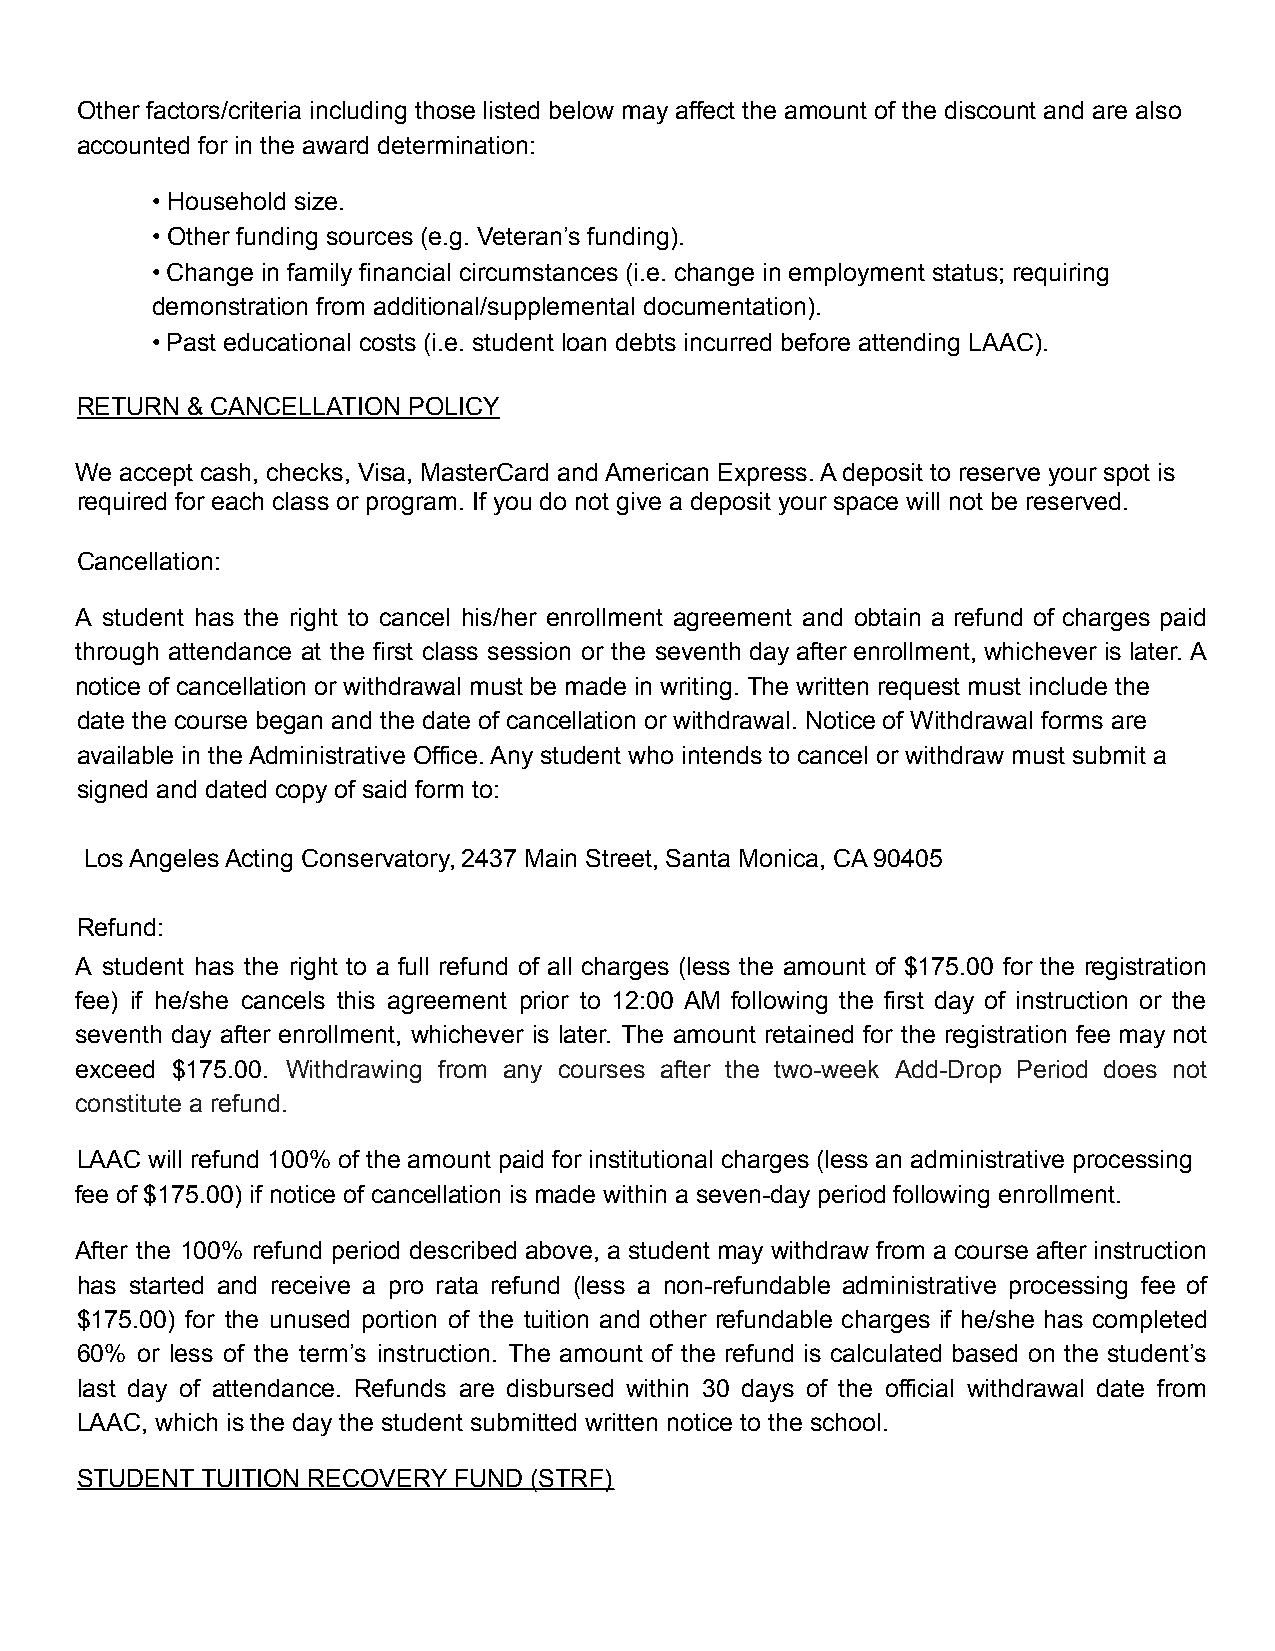
Other factors/criteria including those listed below may affect the amount of the discount and are also
 accounted for in the award determination:
 • Household size.
 • Other funding sources (e.g. Veteran’s funding).
 • Change in family financial circumstances (i.e. change in employment status; requiring
 demonstration from additional/supplemental documentation).
 • Past educational costs (i.e. student loan debts incurred before attending LAAC).
 RETURN & CANCELLATION POLICY
 We accept cash, checks, Visa, MasterCard and American Express. A deposit to reserve your spot is
 required for each class or program. If you do not give a deposit your space will not be reserved.
 Cancellation:
 A student has the right to cancel his/her enrollment agreement and obtain a refund of charges paid
 through attendance at the first class session or the seventh day after enrollment, whichever is later. A
 notice of cancellation or withdrawal must be made in writing. The written request must include the
 date the course began and the date of cancellation or withdrawal. Notice of Withdrawal forms are
 available in the Administrative Office. Any student who intends to cancel or withdraw must submit a
 signed and dated copy of said form to:
 Los Angeles Acting Conservatory, 2437 Main Street, Santa Monica, CA 90405
 Refund:
 A student has the right to a full refund of all charges (less the amount of $175.00 for the registration
 fee) if he/she cancels this agreement prior to 12:00 AM following the first day of instruction or the
 seventh day after enrollment, whichever is later. The amount retained for the registration fee may not
 exceed $175.00. Withdrawing from any courses after the two-week Add-Drop Period does not
 constitute a refund.
 LAAC will refund 100% of the amount paid for institutional charges (less an administrative processing
 fee of $175.00) if notice of cancellation is made within a seven-day period following enrollment.
 After the 100% refund period described above, a student may withdraw from a course after instruction
 has started and receive a pro rata refund (less a non-refundable administrative processing fee of
 $175.00) for the unused portion of the tuition and other refundable charges if he/she has completed
 60% or less of the term’s instruction. The amount of the refund is calculated based on the student’s
 last day of attendance. Refunds are disbursed within 30 days of the official withdrawal date from
 LAAC, which is the day the student submitted written notice to the school.
 STUDENT TUITION RECOVERY FUND (STRF)